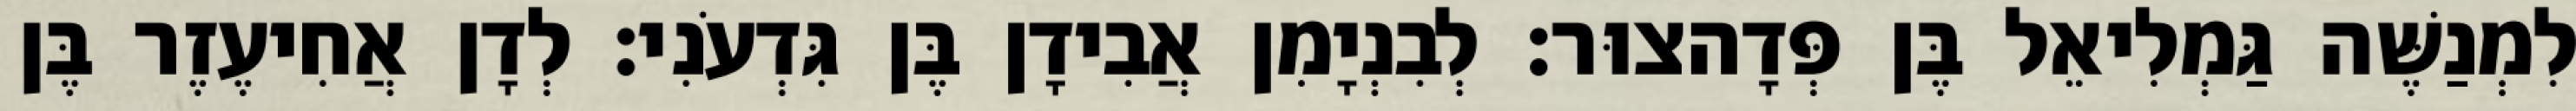
לִמְנַשֶּׁה גַּמְלִיאֵל בֶּן פְּדָהצוּר׃ לְבִנְיָמִן אֲבִידָן בֶּן גִּדְעֹנִי׃ לְדָן אֲחִיעֶזֶר בֶּן